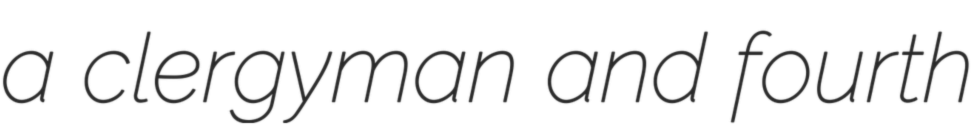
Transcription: a clergyman and fourth